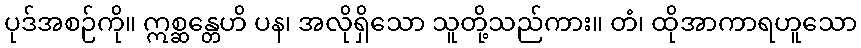
ပုဒ်အစဉ်ကို။ ဣစ္ဆန္တေဟိ ပန၊ အလိုရှိသော သူတို့သည်ကား။ တံ၊ ထိုအာကာရဟူသော